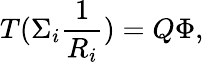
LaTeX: T(\Sigma_{i}\frac{1}{R_{i}})=Q{\Phi},